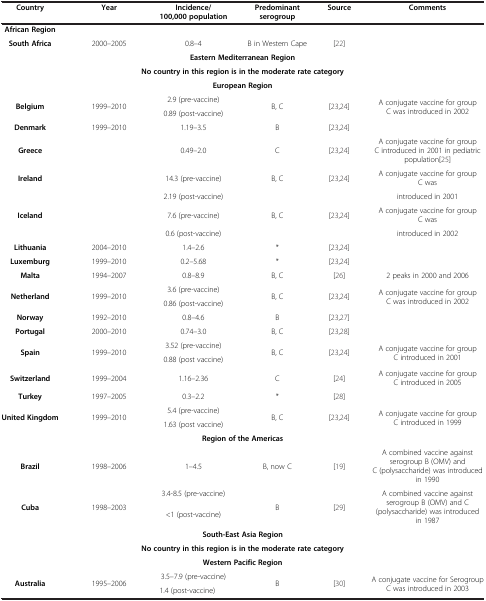
<table><thead><tr><td><b>Country</b></td><td><b>Year</b></td><td><b>Incidence/100,000 population</b></td><td><b>Predominant serogroup</b></td><td><b>Source</b></td><td><b>Comments</b></td></tr></thead><tbody><tr><td><b>African Region</b></td><td> </td><td> </td><td> </td><td> </td><td> </td></tr><tr><td><b>South Africa</b></td><td>2000–2005</td><td>0.8–4</td><td>B in Western Cape</td><td>[22]</td><td> </td></tr><tr><td colspan="6"><b>Eastern Mediterranean Region</b></td></tr><tr><td colspan="6"><b>No country in this region is in the moderate rate category</b></td></tr><tr><td colspan="6"><b>European Region</b></td></tr><tr><td rowspan="2"><b>Belgium</b></td><td rowspan="2">1999–2010</td><td>2.9 (pre-vaccine)</td><td rowspan="2">B, C</td><td rowspan="2">[23,24]</td><td rowspan="2">A conjugate vaccine for group C was introduced in 2002</td></tr><tr><td>0.89 (post-vaccine)</td></tr><tr><td><b>Denmark</b></td><td>1999–2010</td><td>1.19–3.5</td><td>B</td><td>[23,24]</td><td> </td></tr><tr><td><b>Greece</b></td><td> </td><td>0.49–2.0</td><td>C</td><td>[23,24]</td><td>A conjugate vaccine for group C introduced in 2001 in pediatric population[25]</td></tr><tr><td><b>Ireland</b></td><td> </td><td>14.3 (pre-vaccine)</td><td>B, C</td><td>[23,24]</td><td>A conjugate vaccine for group C was</td></tr><tr><td> </td><td> </td><td>2.19 (post-vaccine)</td><td> </td><td> </td><td>introduced in 2001</td></tr><tr><td><b>Iceland</b></td><td> </td><td>7.6 (pre-vaccine)</td><td>B, C</td><td>[23,24]</td><td>A conjugate vaccine for group C was</td></tr><tr><td> </td><td> </td><td>0.6 (post-vaccine)</td><td> </td><td> </td><td>introduced in 2002</td></tr><tr><td><b>Lithuania</b></td><td>2004–2010</td><td>1.4–2.6</td><td>*</td><td>[23,24]</td><td> </td></tr><tr><td><b>Luxemburg</b></td><td>1999–2010</td><td>0.2–5.68</td><td>*</td><td>[23,24]</td><td> </td></tr><tr><td><b>Malta</b></td><td>1994–2007</td><td>0.8–8.9</td><td>B, C</td><td>[26]</td><td>2 peaks in 2000 and 2006</td></tr><tr><td rowspan="2"><b>Netherland</b></td><td rowspan="2">1999–2010</td><td>3.6 (pre-vaccine)</td><td rowspan="2">B, C</td><td rowspan="2">[23,24]</td><td rowspan="2">A conjugate vaccine for group C was introduced in 2002</td></tr><tr><td>0.86 (post-vaccine)</td></tr><tr><td><b>Norway</b></td><td>1992–2010</td><td>0.8–4.6</td><td>B</td><td>[23,27]</td><td> </td></tr><tr><td><b>Portugal</b></td><td>2000–2010</td><td>0.74–3.0</td><td>B, C</td><td>[23,28]</td><td> </td></tr><tr><td rowspan="2"><b>Spain</b></td><td rowspan="2">1999–2010</td><td>3.52 (pre-vaccine)</td><td rowspan="2">B, C</td><td rowspan="2">[23,24]</td><td rowspan="2">A conjugate vaccine for group C introduced in 2001</td></tr><tr><td>0.88 (post vaccine)</td></tr><tr><td><b>Switzerland</b></td><td>1999–2004</td><td>1.16–2.36</td><td>C</td><td>[24]</td><td>A conjugate vaccine for group C introduced in 2005</td></tr><tr><td><b>Turkey</b></td><td>1997–2005</td><td>0.3–2.2</td><td>*</td><td>[28]</td><td> </td></tr><tr><td rowspan="2"><b>United Kingdom</b></td><td rowspan="2">1999–2010</td><td>5.4 (pre-vaccine)</td><td rowspan="2">B, C</td><td rowspan="2">[23,24]</td><td rowspan="2">A conjugate vaccine for group C introduced in 1999</td></tr><tr><td>1.63 (post vaccine)</td></tr><tr><td colspan="6"><b>Region of the Americas</b></td></tr><tr><td><b>Brazil</b></td><td>1998–2006</td><td>1–4.5</td><td>B, now C</td><td>[19]</td><td>A combined vaccine against serogroup B (OMV) and C (polysaccharide) was introduced in 1990</td></tr><tr><td rowspan="2"><b>Cuba</b></td><td rowspan="2">1998–2003</td><td>3.4-8.5 (pre-vaccine)</td><td rowspan="2">B</td><td rowspan="2">[29]</td><td rowspan="2">A combined vaccine against serogroup B (OMV) and C (polysaccharide) was introduced in 1987</td></tr><tr><td>&lt;1 (post-vaccine)</td></tr><tr><td colspan="6"><b>South-East Asia Region</b></td></tr><tr><td colspan="6"><b>No country in this region is in the moderate rate category</b></td></tr><tr><td colspan="6"><b>Western Pacific Region</b></td></tr><tr><td rowspan="2"><b>Australia</b></td><td rowspan="2">1995–2006</td><td>3.5–7.9 (pre-vaccine)</td><td rowspan="2">B</td><td rowspan="2">[30]</td><td rowspan="2">A conjugate vaccine for Serogroup C was introduced in 2003</td></tr><tr><td>1.4 (post-vaccine)</td></tr></tbody></table>